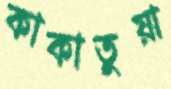
কাকাতুয়া